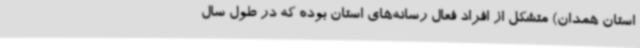
استان همدان) متشکل از افراد فعال رسانه‌های استان بوده که در طول سال